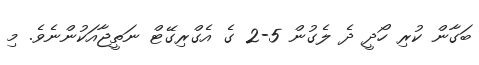
ބަގާން ކުރި ހޯދީ ދެ ލެގުން 5-2 ގެ އެގްރިގޭޓް ނަތީޖާއަކުންނެވެ. މި